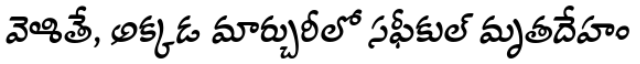
వెళితే, అక్కడ మార్చురీలో సఫీకుల్ మృతదేహం